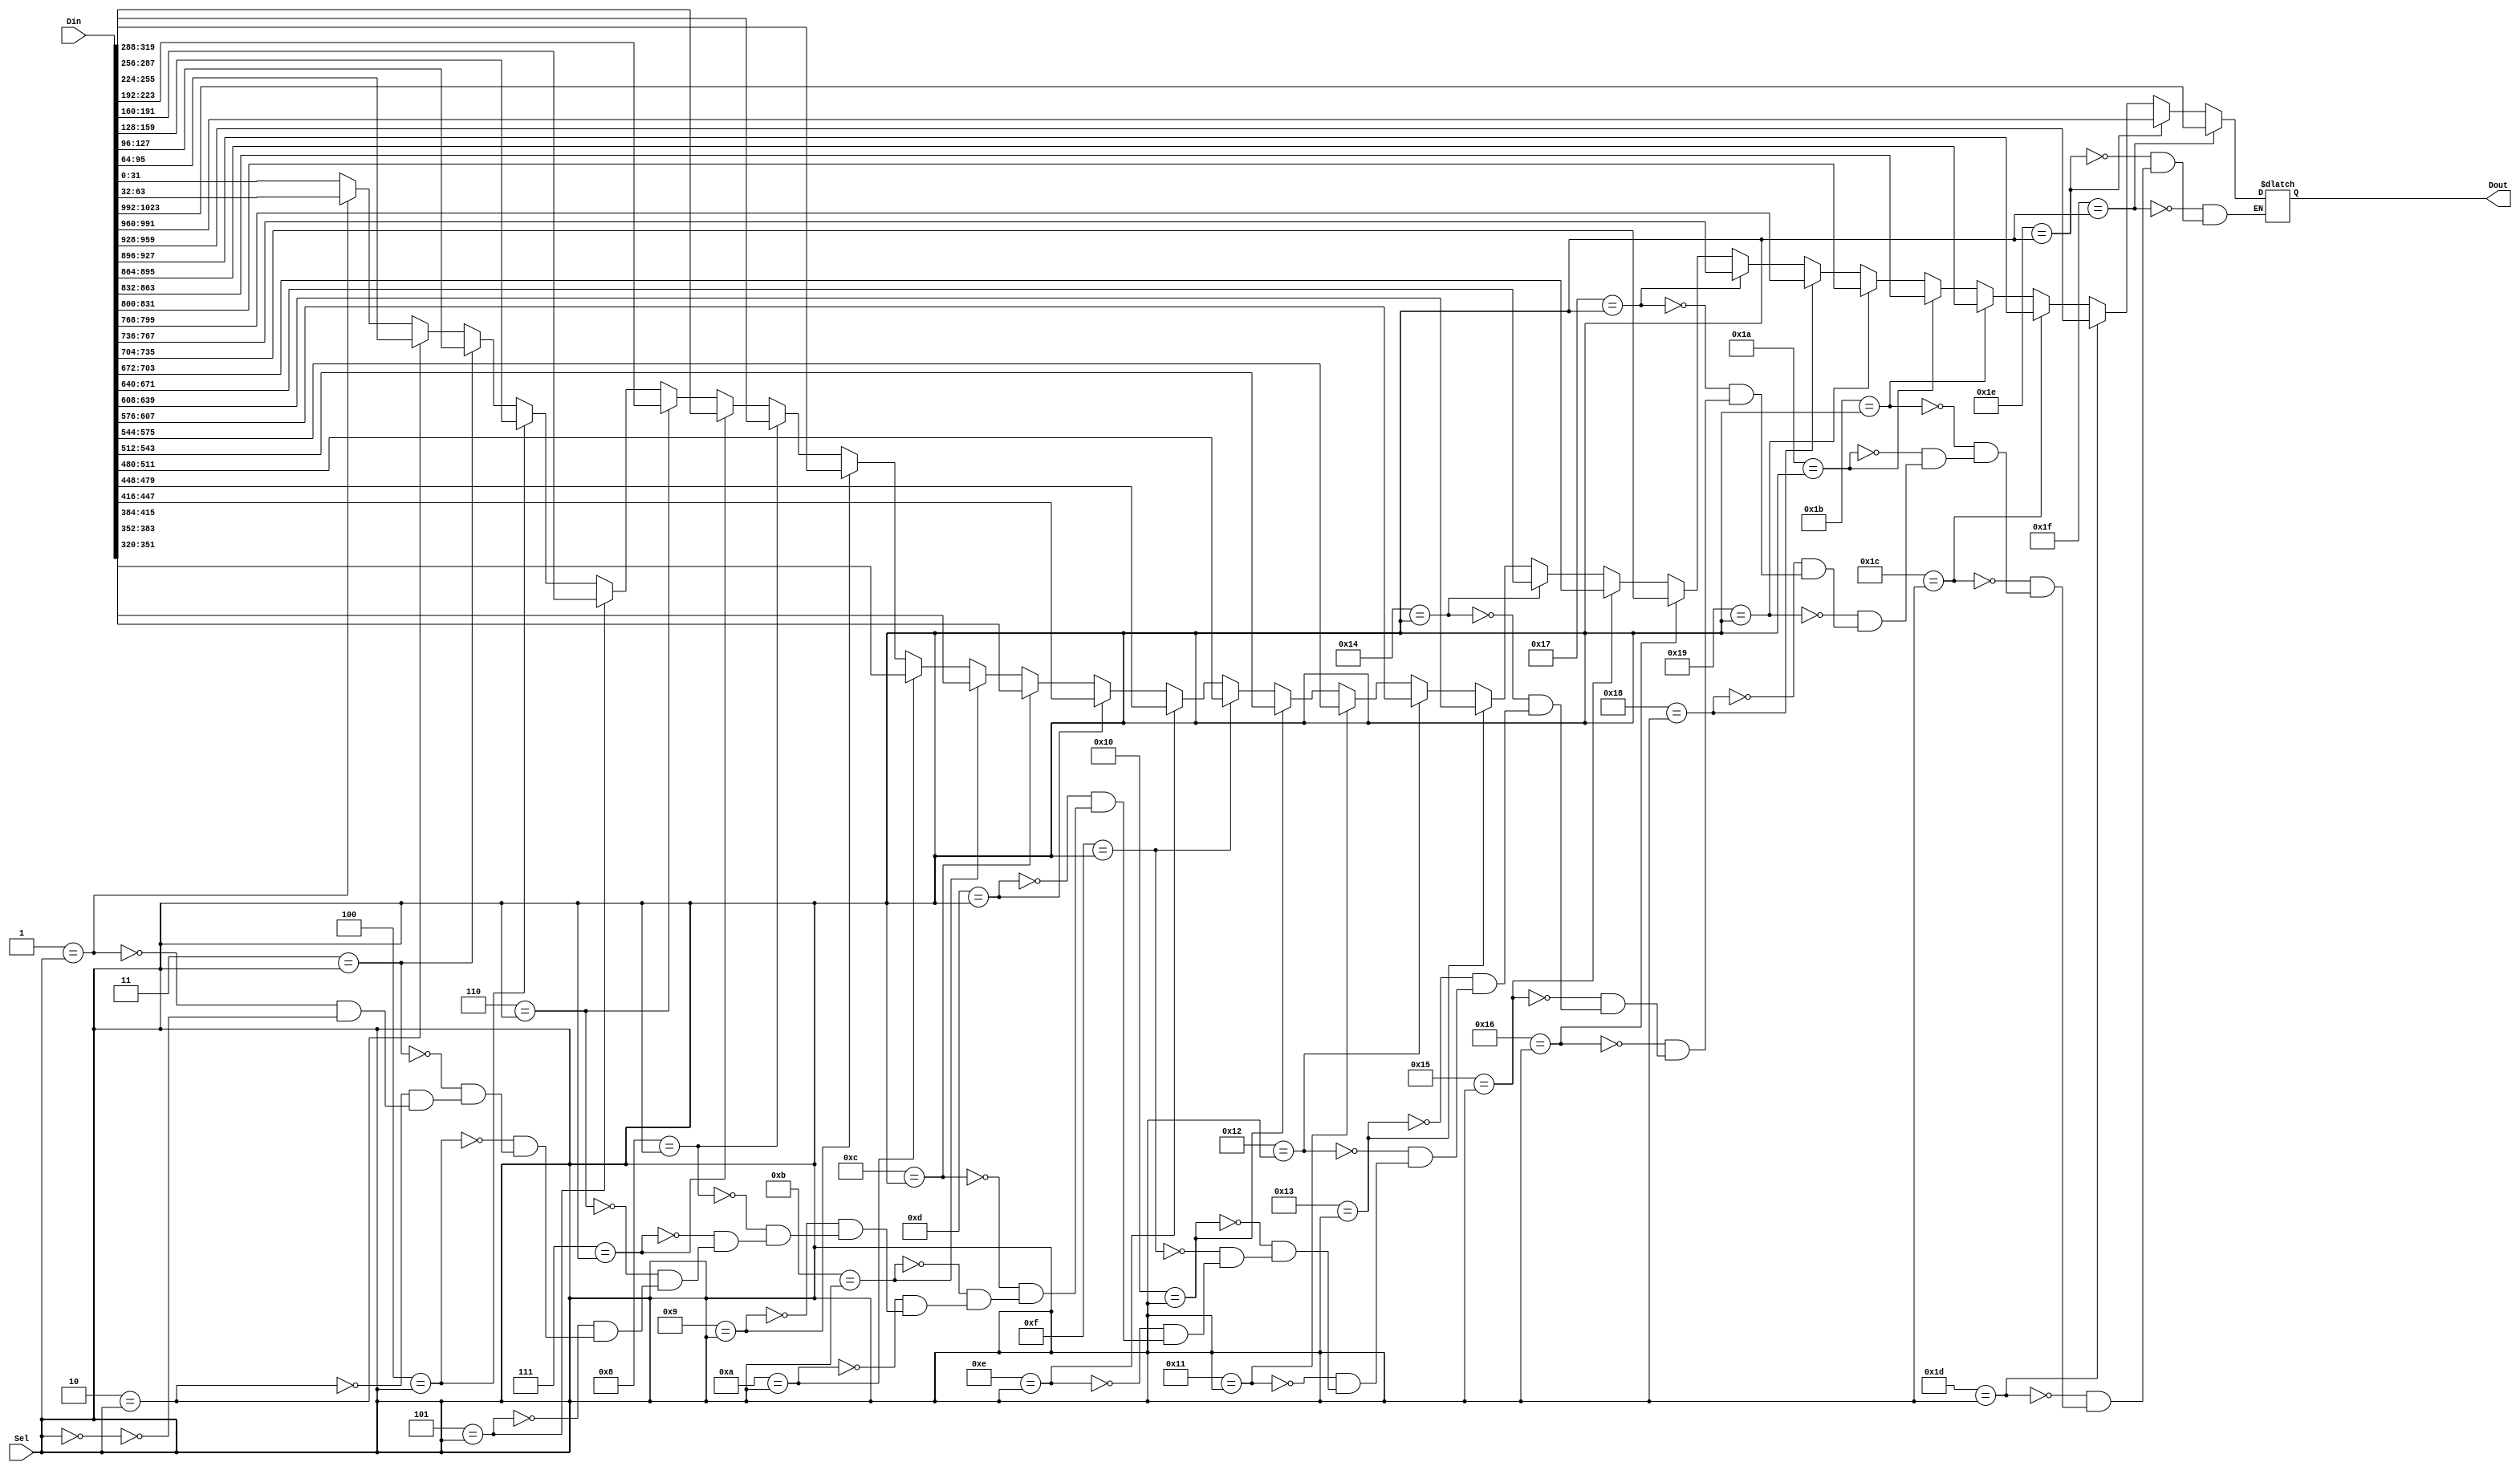
`timescale 1ns / 1ps

////////////////////////////////////////////////////////////////////////////////
//
// Design Name:
// Module Name:   MUX
// Project Name:  Digital_Hardware_Systems
//
// Description: 
//
//     Multiplexer 32 to 1. Each input is a 32 bit bus. The Select signal is 5 bits.
//
// Dependencies:
// 
// 
////////////////////////////////////////////////////////////////////////////////

module MUX
#(parameter BUS_WIDTH = 32,              // The bits of a single input
  parameter SEL = 5)                     // The number of select bits
( input [(BUS_WIDTH*(2**SEL))-1:0] Din,  // Create a big Bus that fits all inputs
  input [SEL-1:0] Sel,                   // Select signal
  output reg [BUS_WIDTH-1:0] Dout        // Dout signal
);
    integer i;
    
    always @ ( * ) begin
        for (i = 0; i < 2 ** SEL; i = i + 1) begin
            if (i == Sel) begin
                Dout = Din[i * BUS_WIDTH +: BUS_WIDTH];
            end
        end
    end

endmodule